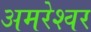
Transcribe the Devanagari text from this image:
अमरेश्‍वर